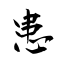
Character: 患